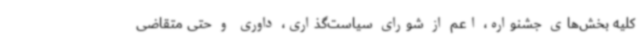
کلیه بخش‌های جشنواره، اعم از شورای سیاست‌گذاری، داوری و حتی متقاضی